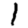
Digit: 1